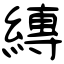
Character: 縳